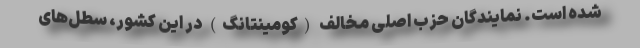
شده است. نمایندگان حزب اصلی مخالف (کومینتانگ) در این کشور، سطل‌های